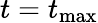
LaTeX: t=t_{\mathrm{max}}